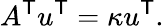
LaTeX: A^{\textsf{T}}u^{\textsf{T}}=\kappa u^{\textsf{T}}.